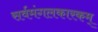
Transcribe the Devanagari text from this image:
सर्वमंगलकारकम्